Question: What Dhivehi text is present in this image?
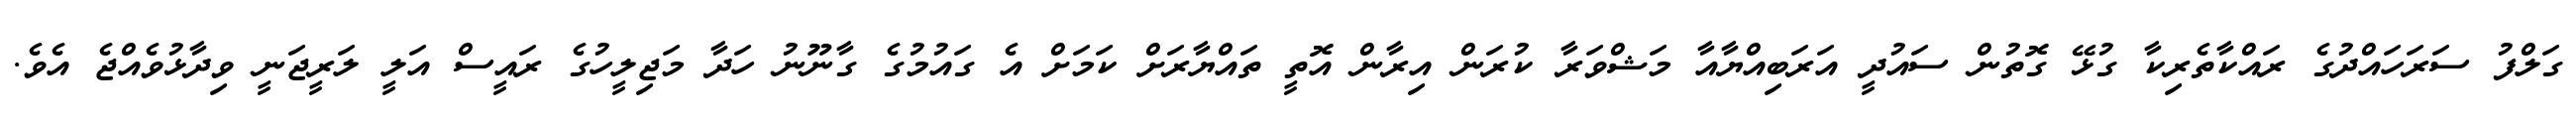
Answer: ގަލްފު ސަރަހައްދުގެ ރައްކާތެރިކާ ގުޅޭ ގޮތުން ސައުދީ އަރަބިއްޔާއާ މަޝްވަރާ ކުރަން އިރާން އޮތީ ތައްޔާރަށް ކަމަށް އެ ގައުމުގެ ގާނޫނު ހަދާ މަޖިލީހުގެ ރައީސް އަލީ ލަރީޖަނީ ވިދާޅުވެއްޖެ އެވެ.